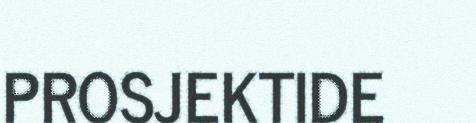
PROSJEKTIDE